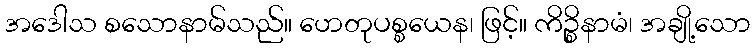
အဒေါသ စသောနာမ်သည်။ ဟေတုပစ္စယေန၊ ဖြင့်။ ကိဉ္စိနာမံ၊ အချို့သော